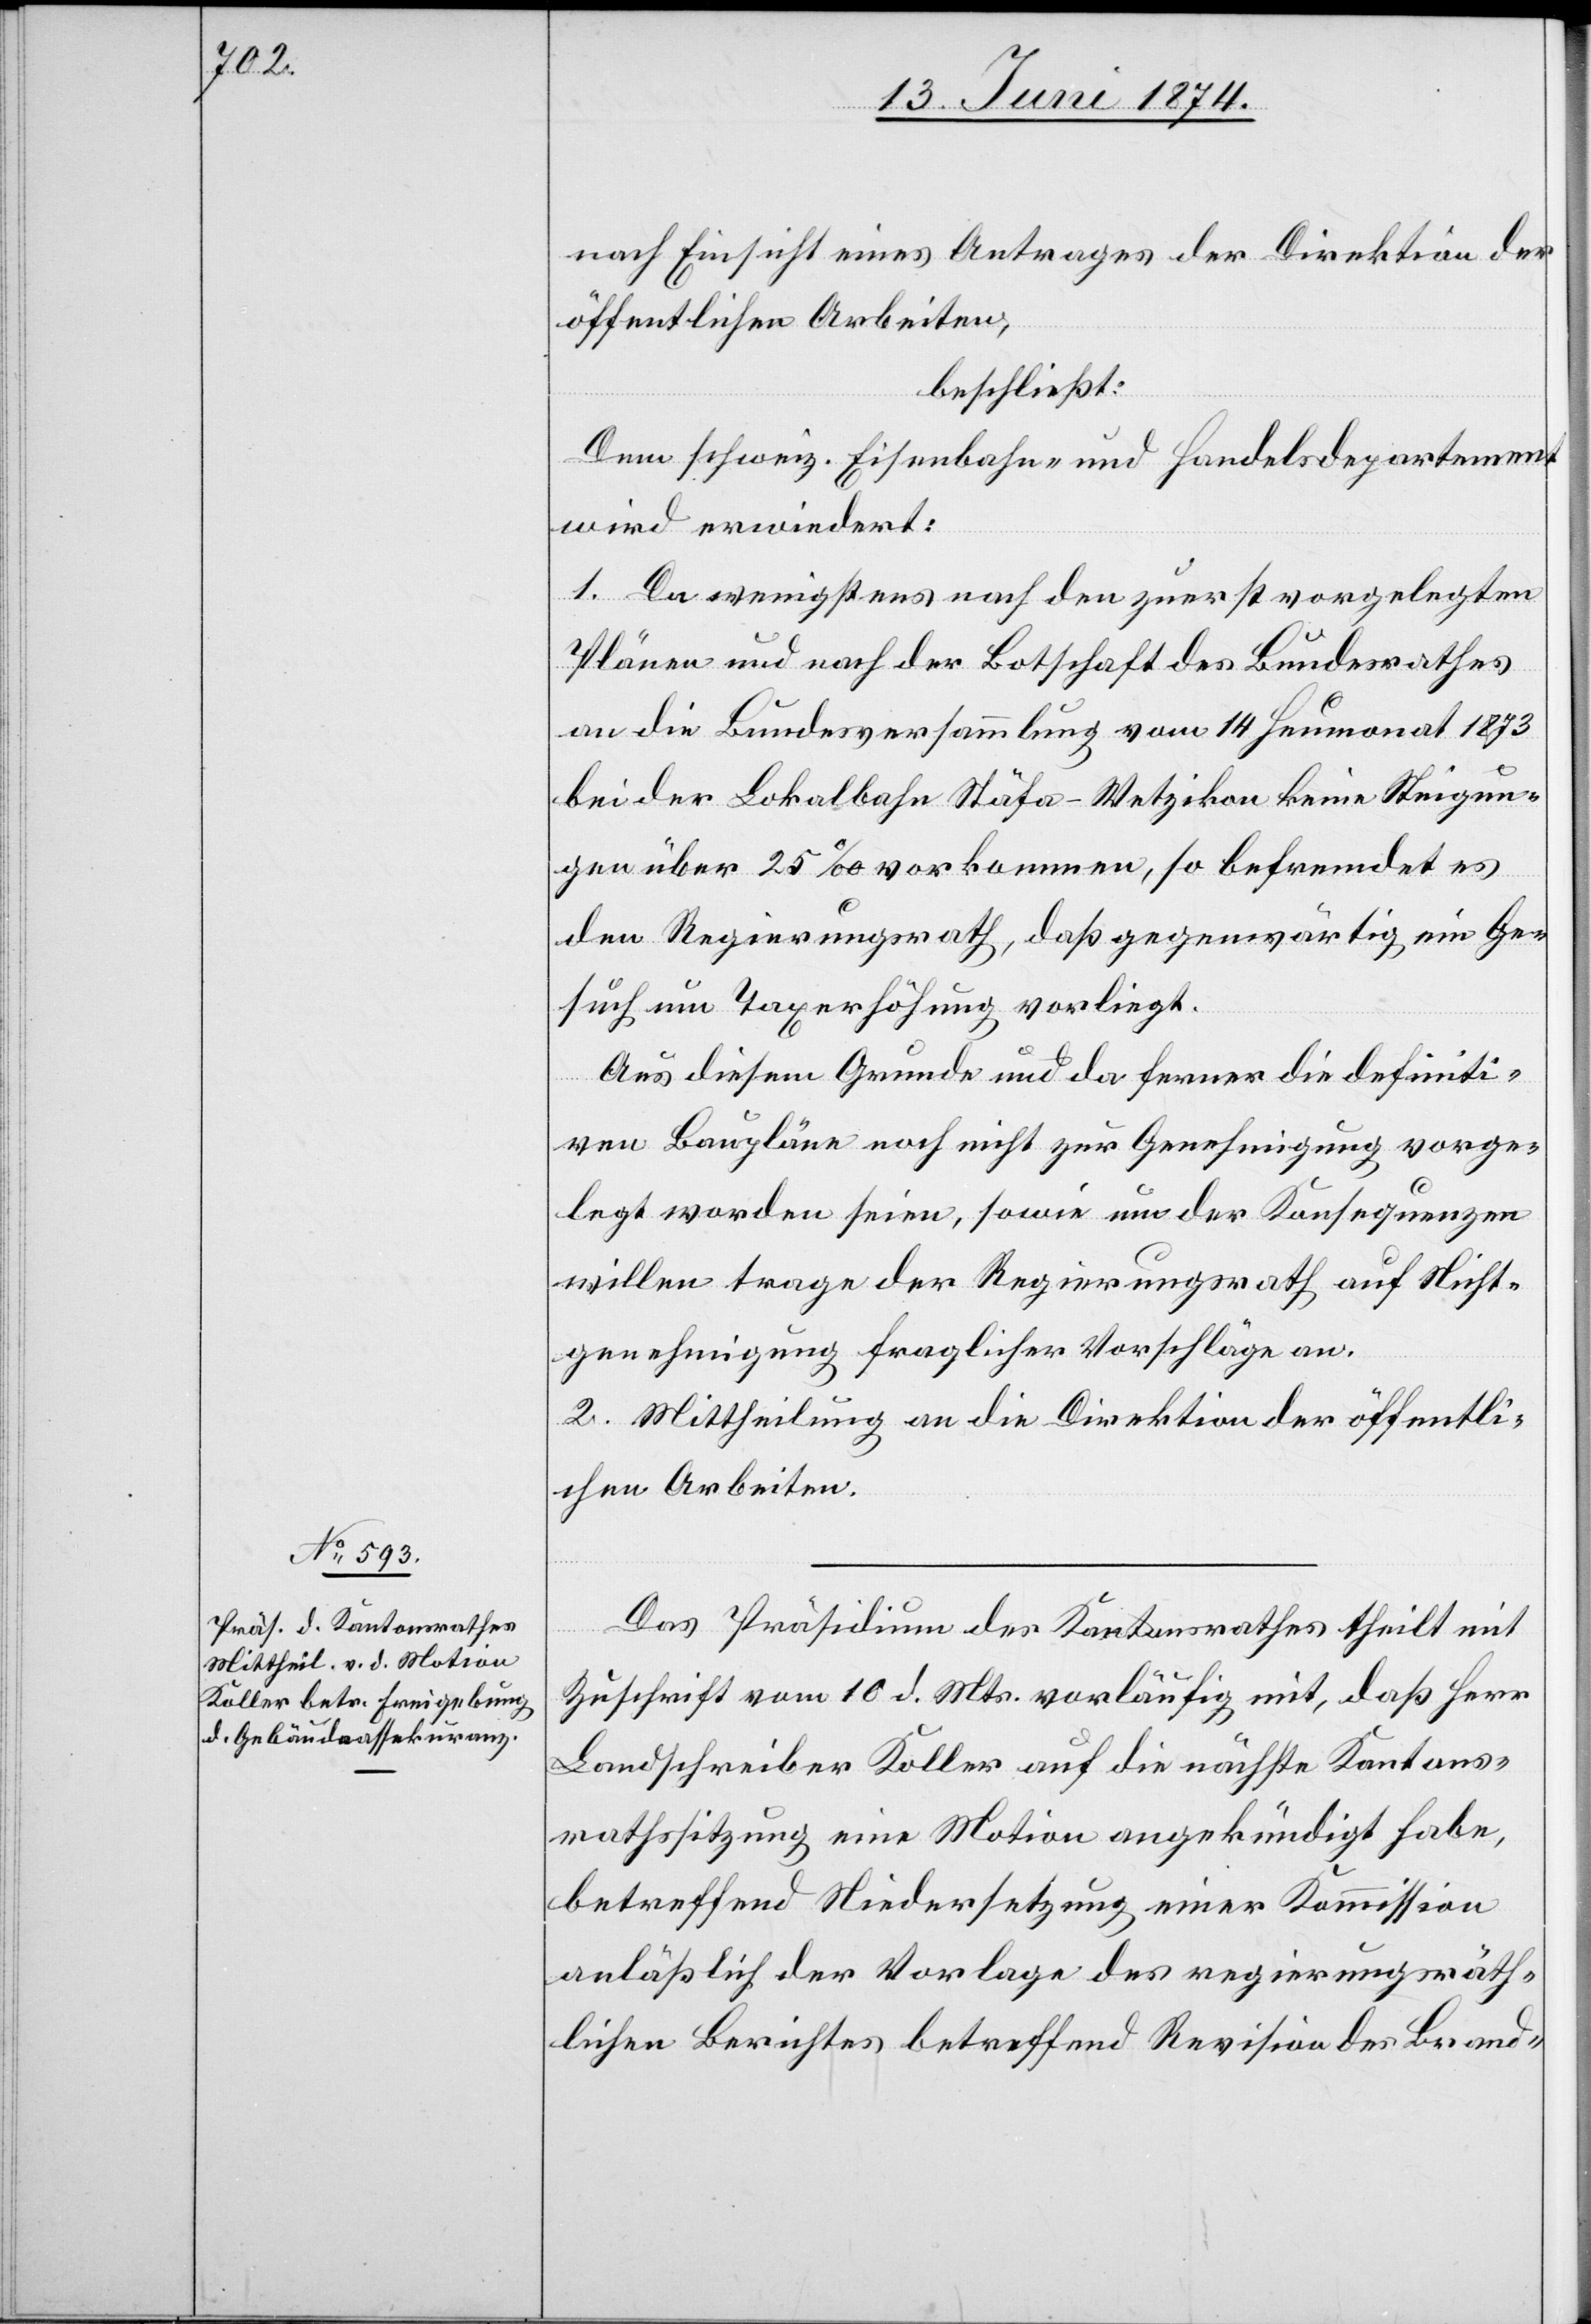
nach Einsicht eines Antrages der Direktion der
öffentlichen Arbeiten,
beschließt:
Dem schweiz. Eisenbahn- und Handelsdepartement
wird erwiedert:
1. Da wenigstens nach den zuerst vorgelegten
Plänen und nach der Botschaft des Bundesrathes
an die Bundesversammlung vom 14. Heumonat 1873
bei der Lokalbahn Stäfa-Wetzikon keine Steigun¬
gen über 25‰ vorkommen, so befremdet es
den Regierungsrath, daß gegenwärtig ein Ge¬
such um Taxerhöhung vorliegt.
Aus diesem Grunde und da ferner die definiti¬
ven Baupläne noch nicht zur Genehmigung vorge¬
legt worden seien, sowie um der Konsequenzen
willen trage der Regierungsrath auf Nicht¬
genehmigung fraglicher Vorschläge an.
3. Mittheilung an die Direktion der öffentli¬
chen Arbeiten.
Das Präsidium des Kantonsrathes theilt mit
Zuschrift vom 10. d. Mts. vorläufig mit, daß Herr
Landschreiber Koller auf die nächste Kantons¬
rathssitzung eine Motion angekündigt habe,
betreffend Niedersetzung einer Kommission
anläßlich der Vorlage des regierungsräth¬
lichen Berichtes betreffend Revision des Brand-